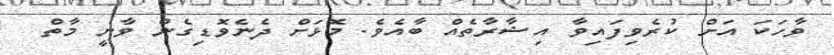
ވާހަކަ އަށް ކުރެވިފައިވާ އިޝާރާތެއް ބާއެވެ. މޮޅަށް ދެނެވޮޑިގެން ވާނީ މާތް